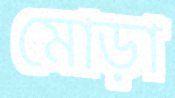
মোড়া